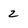
Character: 2